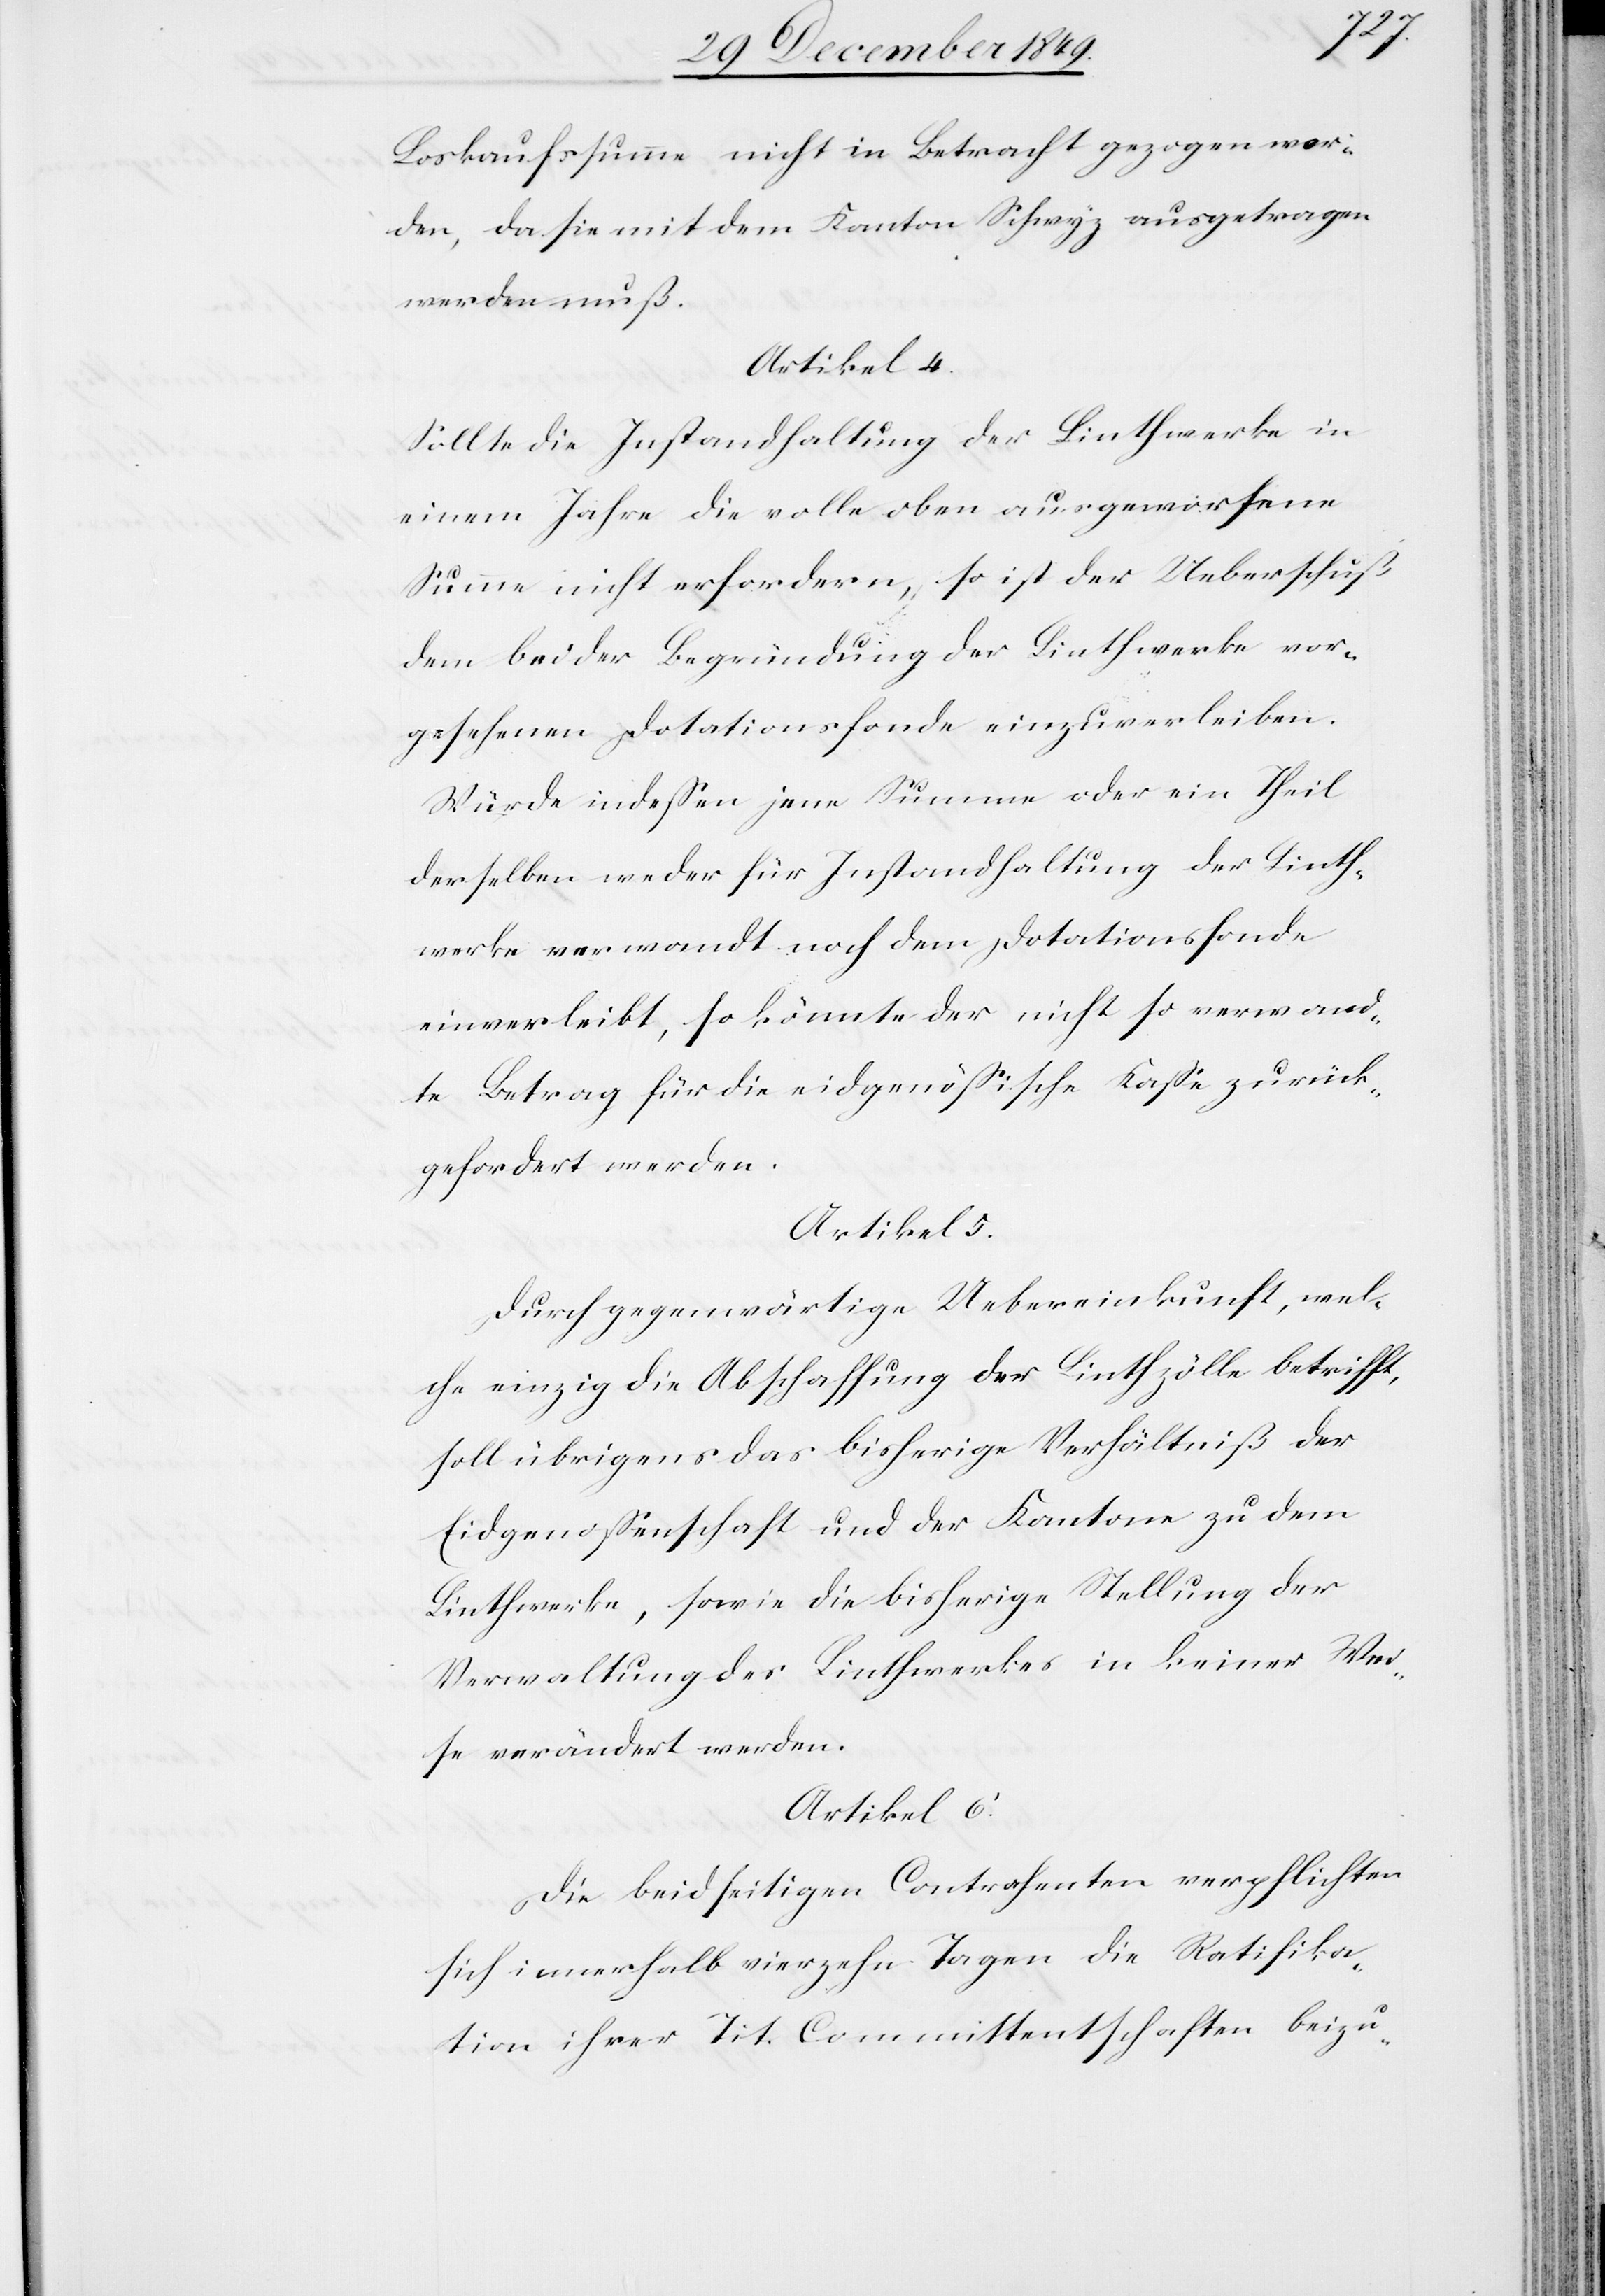
Loskaufssumme nicht in Betracht gezogen wor¬
den, da sie mit dem Kanton Schwyz ausgetragen
werden muß.
Artikel 4.
Sollte die Instandhaltung der Linthwerke in
einem Jahre die volle oben ausgeworfene
Summe nicht erfordern, so ist der Ueberschuß
dem bei der Begründung der Linthwerke vor¬
gesehenen Dotationsfonde einzuverleiben.
Würde indeßen jene Summe oder ein Theil
derselben weder für die Instandhaltung der Linth¬
werke verwandt noch dem Dotationsfonde
einverleibt, so könnte der nicht so verwand¬
te Betrag für die eidgenößische Kaße zurück¬
gefordert werden.
Artikel 5.
Durch gegenwärtige Uebereinkunft, wel¬
che einzig die Abschaffung der Linthzölle betrifft,
soll übrigens das bisherige Verhältniß der
Eidgenossenschaft und der Kantone zu dem
Linthwerke, sowie die bisherige Stellung der
Verwaltung des Linthwerkes in keiner Wei¬
se verändert werden.
Artikel 6.
Die beidseitigen Contrahenten verpflichten
sich innerhalb vierzehn Tagen die Ratifika¬
tion ihrer Tit. Committentschaften beizu-